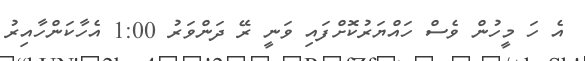
އެ ހަ މީހުން ވެސް ހައްޔަރުކޮށްފައި ވަނީ ރޭ ދަންވަރު 1:00 އެހާކަންހާއިރު